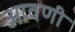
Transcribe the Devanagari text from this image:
आवणी